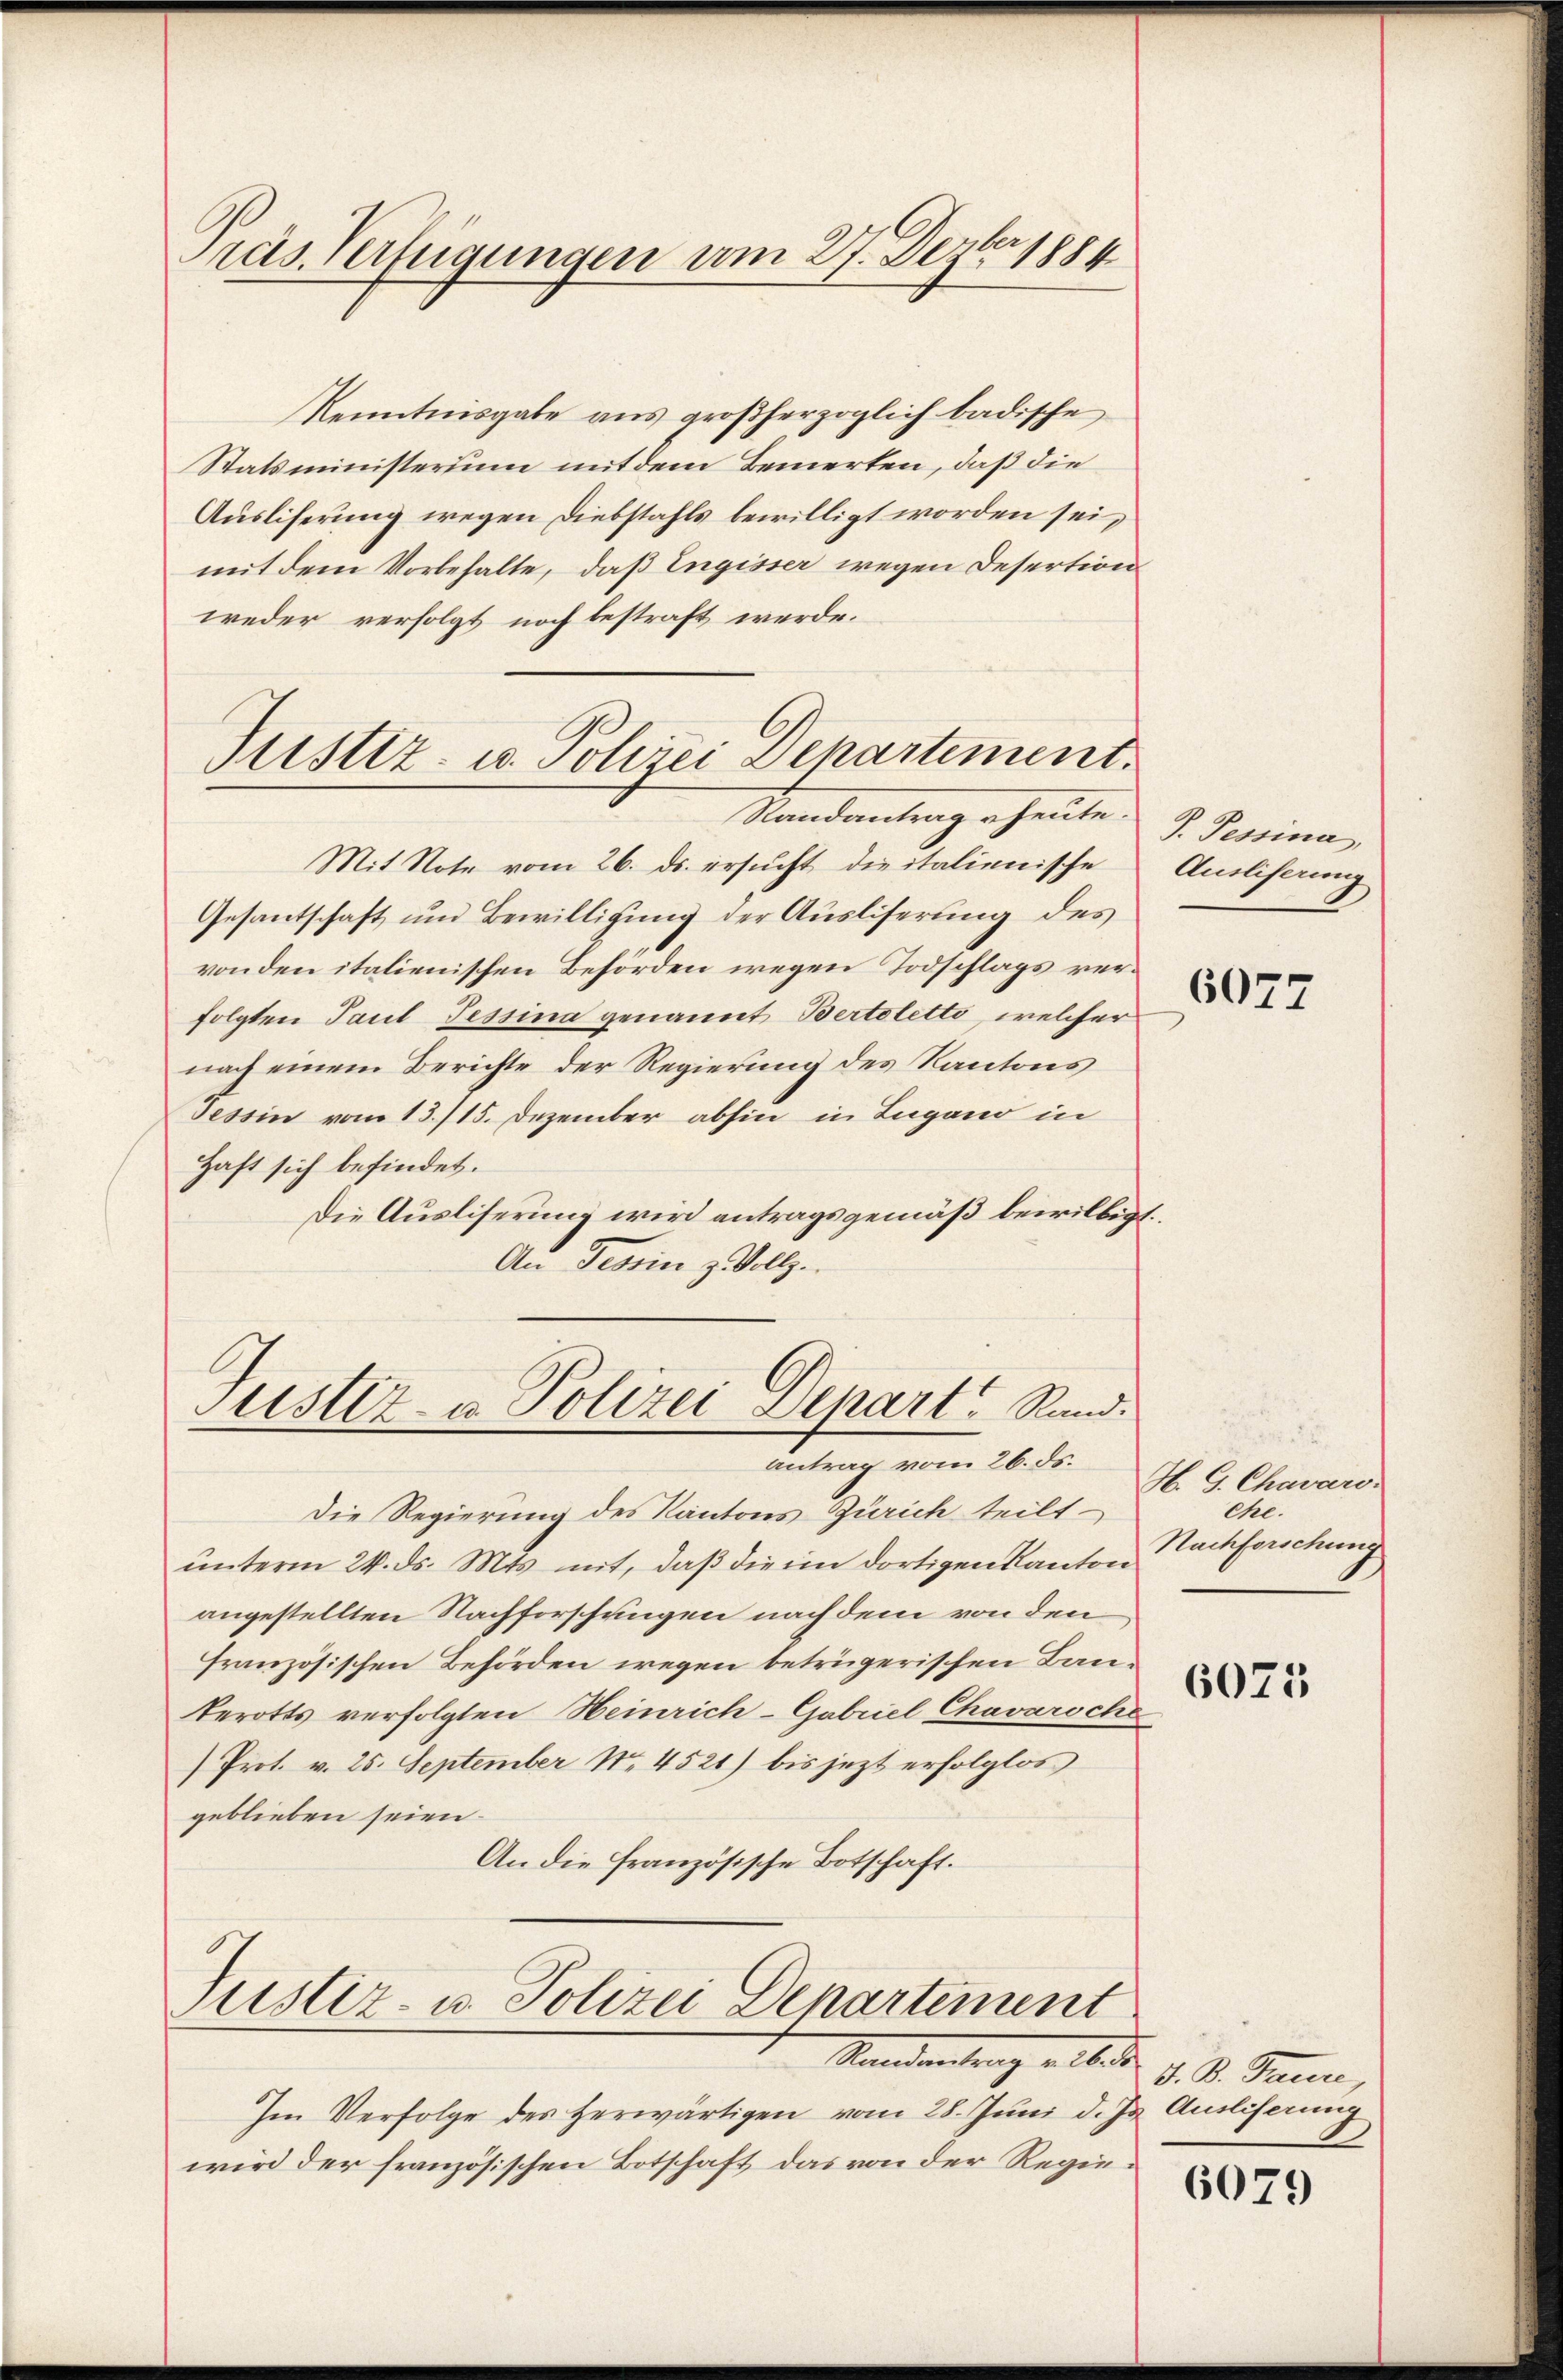
ras. Verfügungen am 27. Dezbr 1884

Kenntnisgabe aus großherzoglich badische
Statsministerium mit dem Bemerken, daß die
Auslieferung wegen Diebstahls bewilligt worden sei,
mit dem Vorbehalte, daß Engisser wegen Desertion
weder verfolgt noch bestraft werde.
Justiz- u. Polizei Departement.

Randantrag heute V. Pessina,

Mit Note vom 26. ds. ersucht die italienische
Gesantschaft und Bewilligung der Ausliserung des
von den italienischen Behörden wegen Todschlags verfolgten Paul Tessina genannt Bertoletti, welcher
nach einem Berichte der Regierung des Kantons
Tessin vom 13./15. Dezember abhin in Lugano in
Haft sich befindet.
Die Ausliserung wird antragsgemäß bewilligt.
An Franz Vollz

Justiz- u. Polizei Depart Rand.
antrag vom 26. ds.

Justiz- u. Polizei Departement
Standentrag alle d. d. S. Traun,

Im Verfolge des herwärtigen vom 28. Juni d. Js. Ausliserung
wird der französischen Botschaft das von der Regie¬

Die Regierung des Kantons Zürich teilt
unterm 24. ds. Mts. mit, daß die im dortigen Kanton
angestellten Nachforschungen nach dem von den
französischen Behörden wegen betrügerischen Bauterotts verfolgten Heinrich-Gabriel Chavaroche
Prot. v. 25. September No 4521) bis jezt erfolglos
geblieben seien.
An die französische Botschaft.

Ausliserung
6077

H. G. Chavaro.
ehe.
Nachforschung

6075

6079